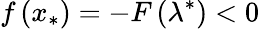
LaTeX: f\left(x_{*}\right)=-F\left(\lambda^{*}\right)<0